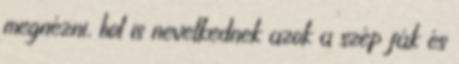
megnézni, hol is nevelkednek azok a szép fák és